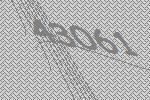
43061